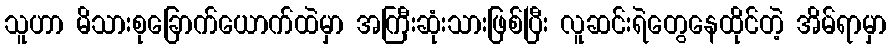
သူဟာ မိသားစုခြောက်ယောက်ထဲမှာ အကြီးဆုံးသားဖြစ်ပြီး လူဆင်းရဲတွေနေထိုင်တဲ့ အိမ်ရာမှာ